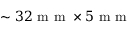
\sim 3 2 \mathrm { ~ m ~ m ~ } \times 5 \mathrm { ~ m ~ m ~ }